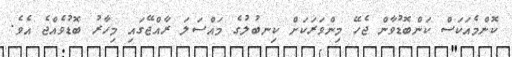
ކޮންމެއަކަސް ކަންބޮޑުވާން ޖެހޭ މިންވަރަކަށް ކިނބުލުގެ މައްސަލަ ރާއްޖޭގައި މިހާރު ބޮޑުވެއްޖެ އެވެ.